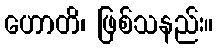
ဟောတိ၊ ဖြစ်သနည်း။